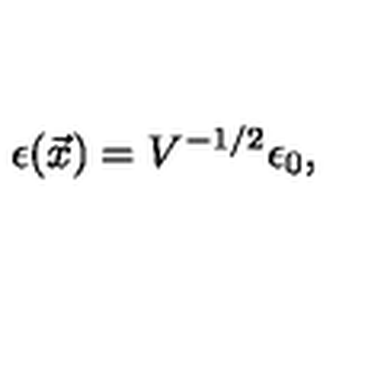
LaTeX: \epsilon ( \vec { x } ) = V ^ { - 1 / 2 } \epsilon _ { 0 } ,